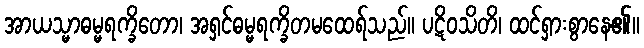
အာယသ္မာဓမ္မရက္ခိတော၊ အရှင်ဓမ္မရက္ခိတမထေရ်သည်။ ပဋိဝသိတိ၊ ထင်ရှားစွာနေ၏။